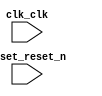
// spin_sensor_receiver.v

// Generated using ACDS version 20.1 711

`timescale 1 ps / 1 ps
module spin_sensor_receiver (
		input  wire  clk_clk,       //   clk.clk
		input  wire  reset_reset_n  // reset.reset_n
	);

endmodule